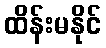
ထိန်းမနိုင်